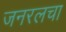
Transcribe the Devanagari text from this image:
जनरलचा